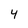
Character: 4